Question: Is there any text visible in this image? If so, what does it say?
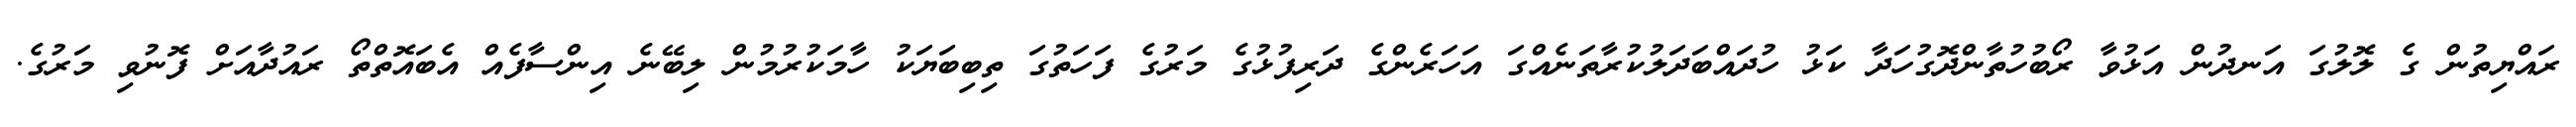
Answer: ރައްޔިތުން ގެ ލޮލުގަ އަނދުން އަޅުވާ ރޯބުހުތާންދޮގުހަދާ ކަޅު ހުދައްބަދަލުކުރާތަނެއްގަ އަހަރެންގެ ދަރިފުޅުގެ މަރުގެ ފަހަތުގަ ތިބިބަޔަކު ހާމަކުރުމުން ލިބޭނެ އިންސާފެއް އެބައޮތްތޯ ރައުދާއަށް ފޮނުވި މަރުގެ.